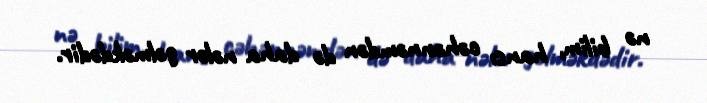
nə bilim, hansı cəhənnəmdən də daha nələr gəlməkdədir.